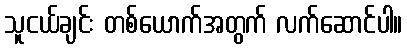
သူငယ်ချင်း တစ်ယောက်အတွက် လက်ဆောင်ပါ။